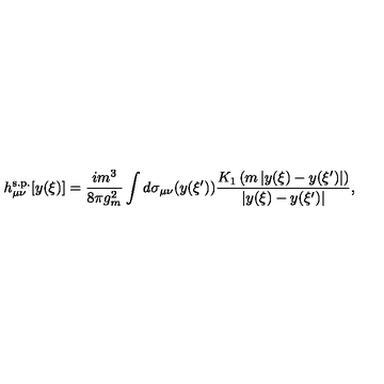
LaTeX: h _ { \mu \nu } ^ { \mathrm { s . p . } } [ y ( \xi ) ] = \frac { i m ^ { 3 } } { 8 \pi g _ { m } ^ { 2 } } \int d \sigma _ { \mu \nu } ( y ( \xi ^ { \prime } ) ) \frac { K _ { 1 } \left( m \left| y ( \xi ) - y ( \xi ^ { \prime } ) \right| \right) } { \left| y ( \xi ) - y ( \xi ^ { \prime } ) \right| } ,